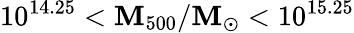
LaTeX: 10^{14.25}<\mathbf{M}_{500}/\mathrm{{\mathbf{M}}}_{\odot}<10^{15.25}